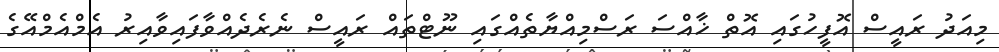
މިއަދު ރައީސް އޮފީހުގައި އޮތް ޚާއްސަ ރަސްމިއްޔާތެއްގައި ނޫޓްތައް ރައީސް ނެރެދެއްވާފައިވާއިރު އެމްއެމްއޭގެ